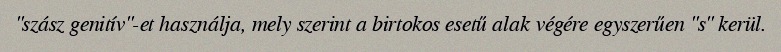
"szász genitív"-et használja, mely szerint a birtokos esetű alak végére egyszerűen "s" kerül.